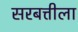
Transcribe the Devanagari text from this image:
सरबत्तीला